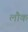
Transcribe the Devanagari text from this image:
लौक